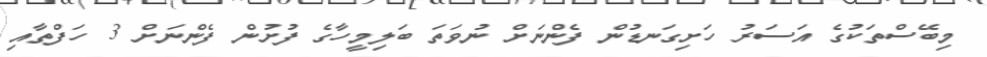
މިބޭސްތަކުގެ އަސަރު ހަށިގަނޑުން ފެންނަށް ނުވަތަ ބަލިމީހާގެ ފުށުން ފެންނަށް 3 ހަފްތާއި